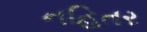
નહિતર